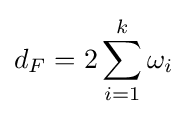
d_{F}=2\sum _{i=1}^{k}\omega _{i}